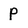
Character: p